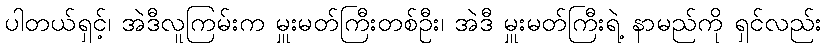
ပါတယ်ရှင့်၊ အဲဒီလူကြမ်းက မှူးမတ်ကြီးတစ်ဦး၊ အဲဒီ မှူးမတ်ကြီးရဲ့ နာမည်ကို ရှင်လည်း